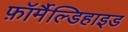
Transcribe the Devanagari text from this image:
फ़ॉर्मैल्डिहाइड